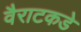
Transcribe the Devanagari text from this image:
वैराटकडे